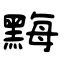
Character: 黣